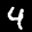
Label: 4